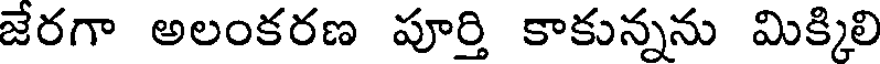
జేరగా అలంకరణ పూర్తి కాకున్నను మిక్కిలి